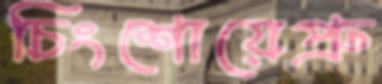
চিংশোয়েপ্রু